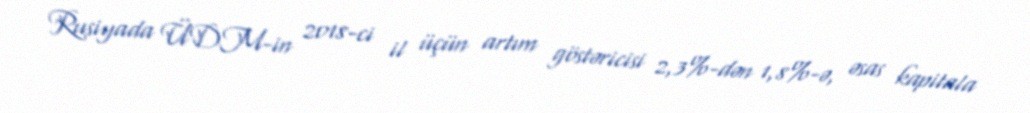
Rusiyada ÜDM-in 2018-ci il üçün artım göstəricisi 2,3%-dən 1,8%-ə, əsas kapitala